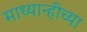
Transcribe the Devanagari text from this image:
माध्यान्हीच्या